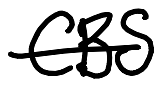
Text: CBS
Cross-out: single-line
Writing tool: digital_black